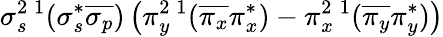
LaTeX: \sigma_{s}^{2}{}\, ^{1}(\sigma_{s}^{*}\overline{{\sigma_{p}}})\left(\pi_{y}^{2}{}\, ^{1}(\overline{{\pi_{x}}}\pi_{x}^{*})-\pi_{x}^{2}{}\, ^{1}(\overline{{\pi_{y}}}\pi_{y}^{*})\right)